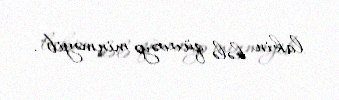
lakin hələ qüvvəyə minməyib".